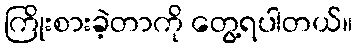
ကြိုးစားခဲ့တာကို တွေ့ရပါတယ်။